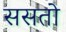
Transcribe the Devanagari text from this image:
ससतो